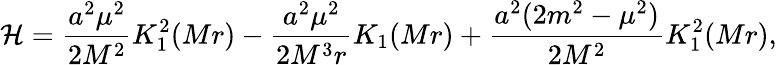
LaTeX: {\cal H}=\frac{a^{2}\mu^{2}}{2M^{2}}K_{1}^{2}(Mr)-\frac{a^{2}\mu^{2}}{2M^{3}r}K_{1}(Mr)+\frac{a^{2}(2m^{2}-\mu^{2})}{2M^{2}}K_{1}^{2}(Mr),